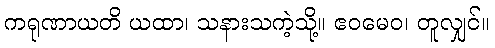
ကရုဏာယတိ ယထာ၊ သနားသကဲ့သို့။ ဧဝမေဝ၊ တူလျှင်။